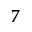
7